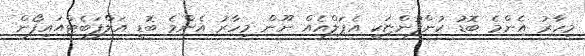
މިހާރު އެންމެ ބޮޑު ކުންފުންޏަކީ އެޕަލްއެއް ނޫން މިހާރު އެންމެ ބޮޑީ އަލްފަބެޓްއައިފޯން